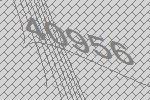
40956